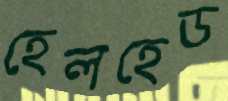
হেলহেড